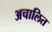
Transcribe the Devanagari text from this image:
अचालित